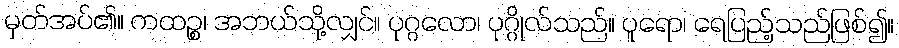
မှတ်အပ်၏။ ကထဉ္စ၊ အဘယ်သို့လျှင်။ ပုဂ္ဂလော၊ ပုဂ္ဂိုလ်သည်။ ပူရော၊ ရေပြည့်သည်ဖြစ်၍။